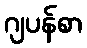
ဂျပန်စာ